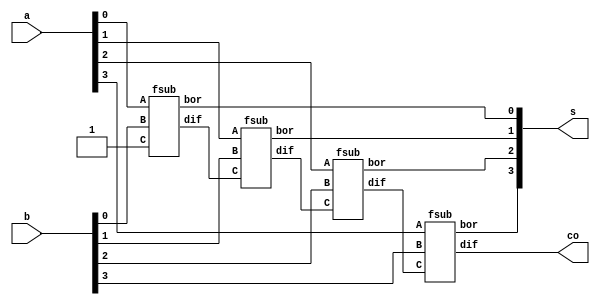
//20L115
//GOKUL P

module binary4bitsubractor( input [3:0] a,b,
    output co,
    output [3:0] s
    );
wire c1,c2,c3;
fsub fa0(a[0],b[0],1'b1,s[0],c1);
fsub fa1(a[1],b[1],c1,s[1],c2);
fsub fa2(a[2],b[2],c2,s[2],c3);
fsub fa3(a[3],b[3],c3,s[3],co);
endmodule

module fsub(input A,B,C,output bor,dif);
wire d0,b0,b1;
hs g1(A,B,d0,b0);
hs g2(d0,C,dif,b1);
or g3(bor,b1,b0);
endmodule

module hs(input a,b,output difference,borrow);
assign difference=a^b;
assign borrow = ((~a)&b);
endmodule